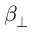
\beta _ { \perp }